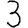
Digit: 3